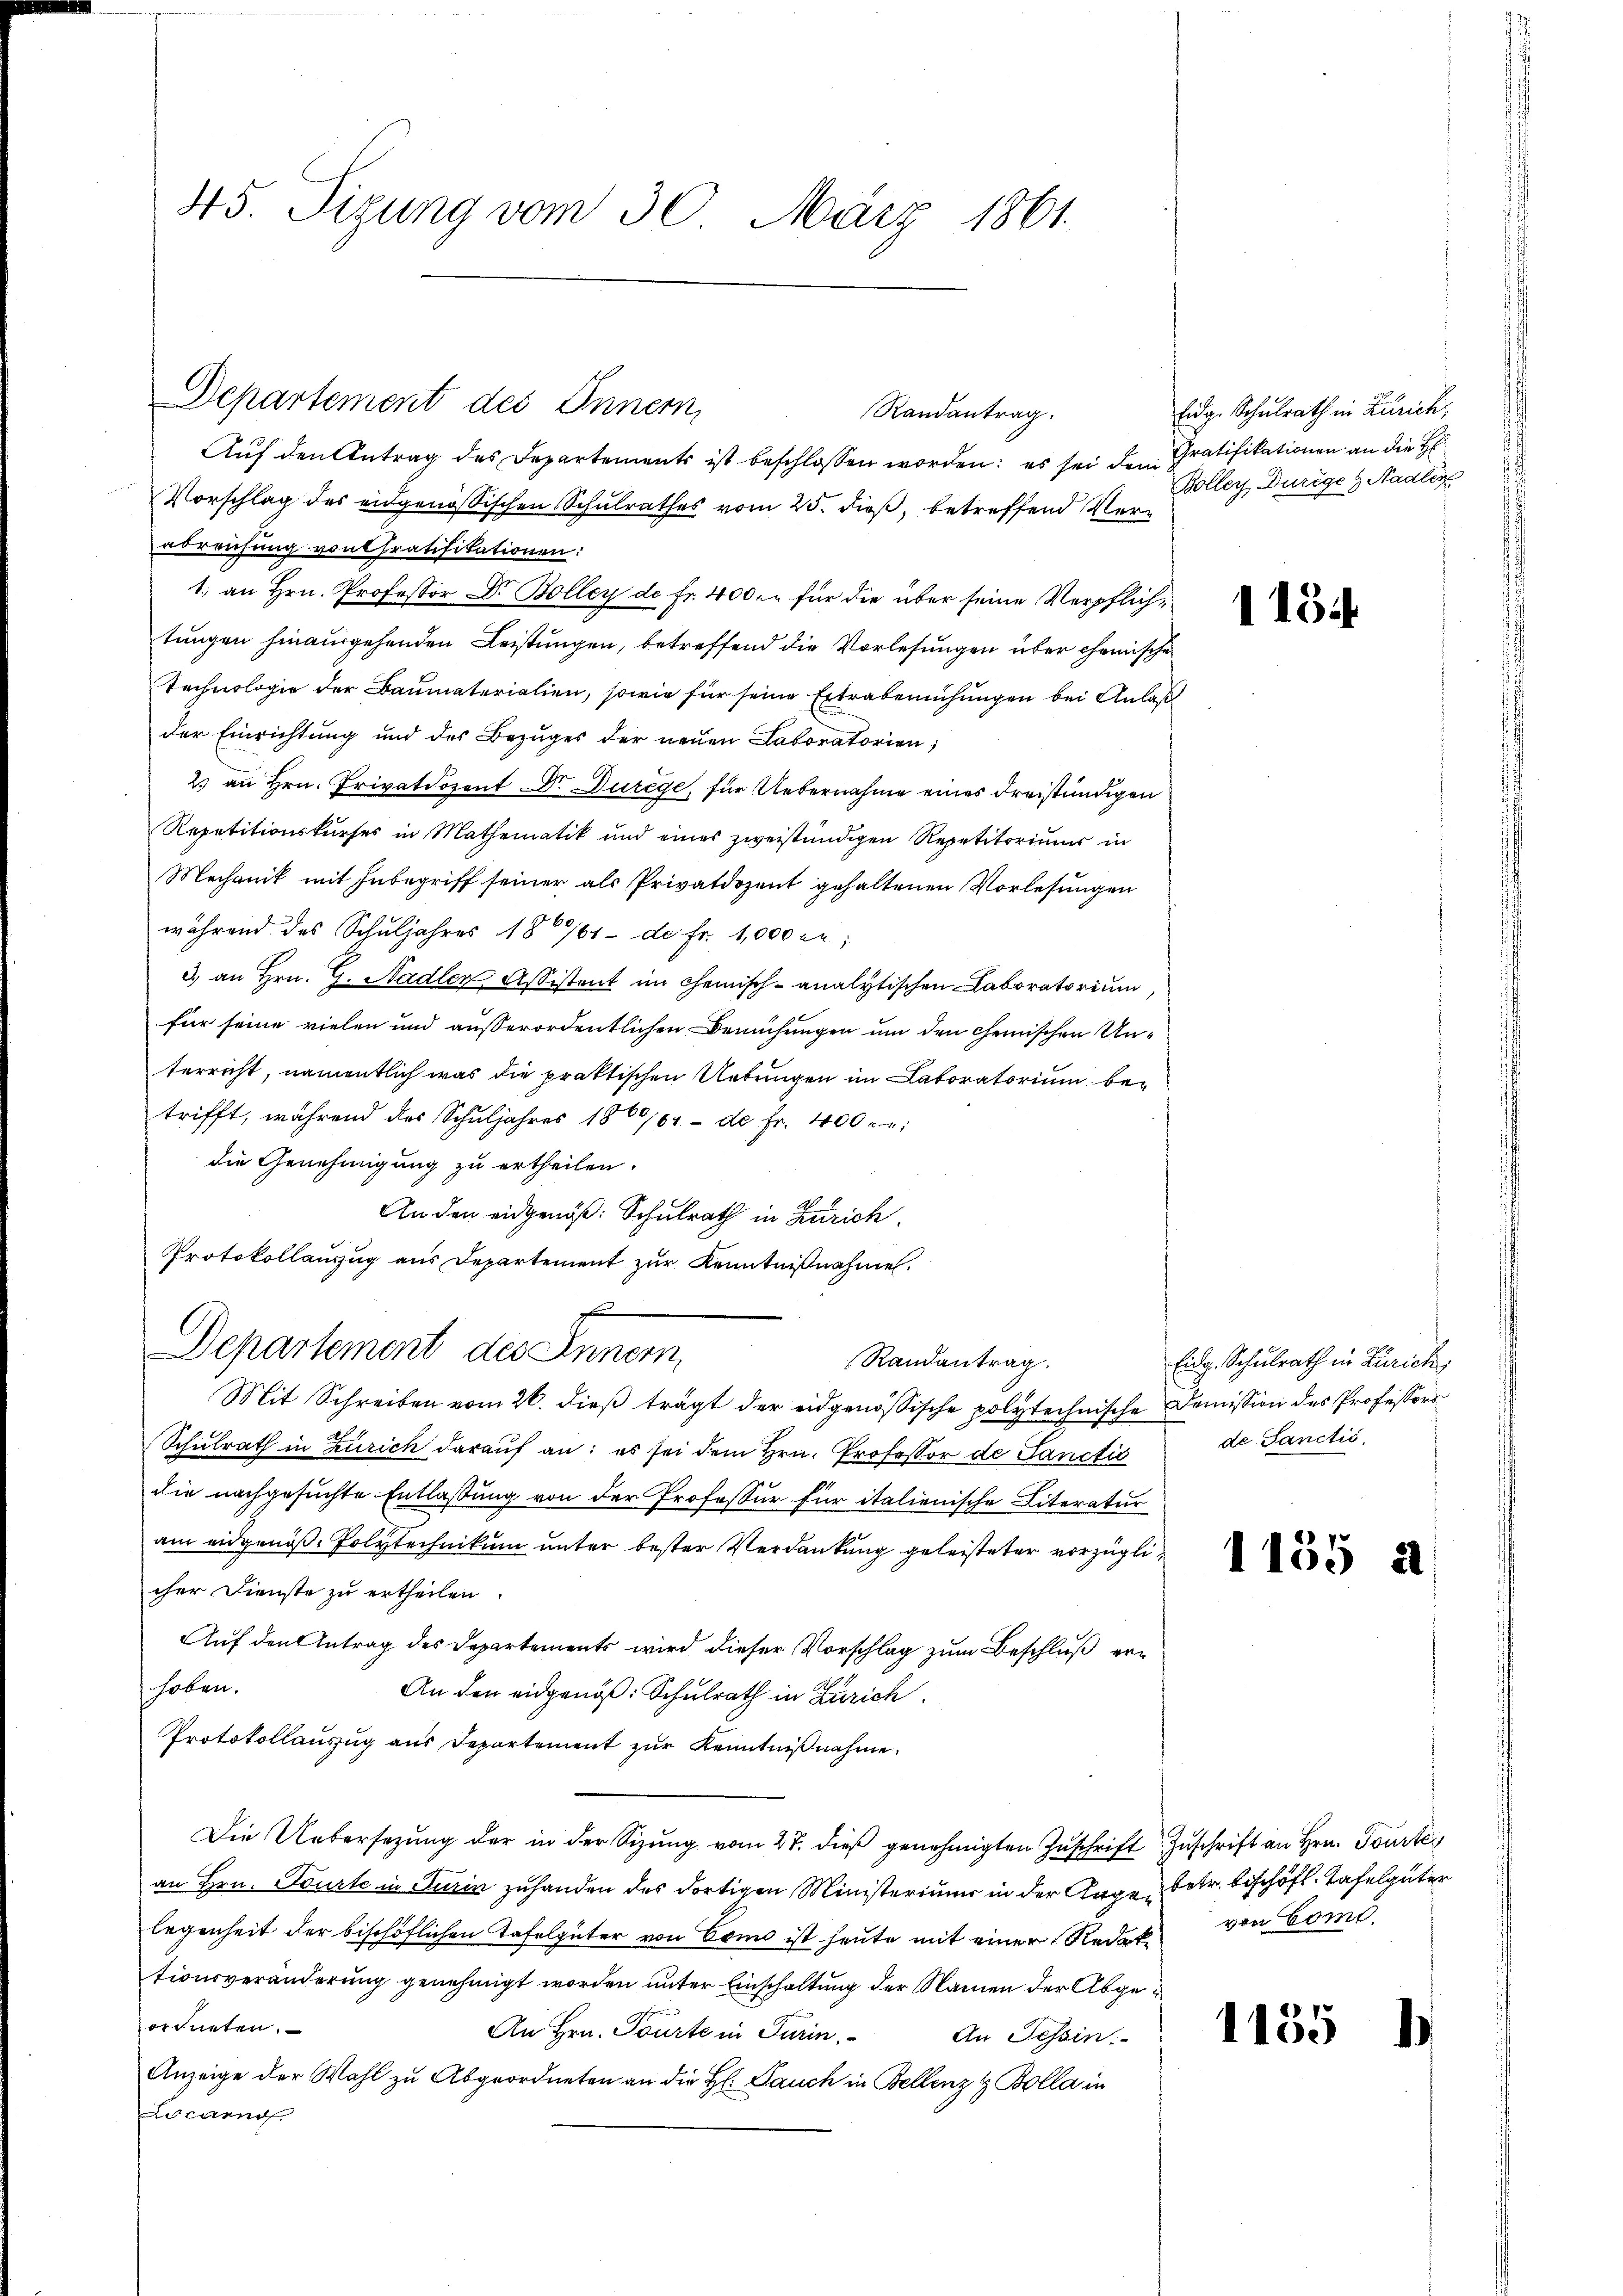
45. Sizung vom 30. März 1861.

Departement des Innern,

Auf den Antrag des Departements ist beschlossen worden; es sei dem Gratifikationen an die H
Vorschlag des eidgenössischen Schulrathes vom 25. dieß, betreffend Verabreichung von Cratifikationen:
1. an Hrn. Professor Dr. Boller de fr. 400 er für die über seine Verpflichtungen hinausgehenden Leistungen, betreffend die Vorlesungen über chemische
Technologie der Baumaterialien, sowie für seine Extrabemühungen bei Anlaß
der Einrichtung und des Bezuges der neuen Laboratorien,
2. an Hrn. Privatdozent Dr. Durege, für Uebernahme eines dreistündigen
Repetitionskurses in Mathematik und eines zweistündigen Repetitoriŭms in
Mechanik mit Inbegriff seiner als Privatdozent gehaltenen Vorlesungen
während des Schuljahres 180/61- de fr. 1,000 er;
3.) an Hrn. G. Stadler Assistent im Chemisch-analytischen Laboratorium
für seine vielen und außerordentlichen Bemühungen um den chemischen Unterricht, namentlich was die praktischen Uebungen im Laboratorium betrifft, während des Schuljahres 1860/04.- de fr. 400 r. e
die Genehmigung zu ertheilen.
An den eidgenöß: Schulrath in Zürich.
Protokollanzug aus Departement zur Kenntnißnahmen.

Departement des Inner

Randantrag.

Randantrag.
Mit Schreiben vom 26. dieß trägt der eidgenössische polytechnische Demission des Professors
Schulrath in Zürich darauf an: es sei dem Hrn. Professor de Sanctis
die nachgesuchte Entlassung von der Professur für italienische Literatur
am eidgenöß- Polytechnikum unter bester Verdankung geleisteter vorzüglicher Dienste zu ertheilen.
Auf den Antrag des Departements wird dieser Vorschlag zum Beschluß erhoben.
An den eidgenöß: Schulrath in Zürich.
Protokollauszug aus Departement zur Kenntnißnahme.
Die Uebersetzŭng der in der Sitzŭng vom 27. dieβ genehmigten Zuschrift Zŭschrift an Hrn. Tourte
an Hrn. Tourte in Turin zuhanden des dortigen Ministeriums in der Auge betr. Beschöfl. Tafelgüter
legenheit der bischöflichen Tafelgüter von Como ist heute mit einer Redektionsveränderung genehmigt worden unter Einschaltung der Namen der Abgeordneten.
An Hrn. Tourte in Turin
An Tessin.
Anzeige der Wahl zu Abgeordneten an die H: Pauch in Bellenz & Bolla in
ocarnd

Eidg. Schulrath in Zürich,
Boller Durege & Stadler

115.

Eidg. Schulrath in Zürich,
de Sanctić.

1155

1135

2

von Comd.